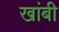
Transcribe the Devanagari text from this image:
खांबी